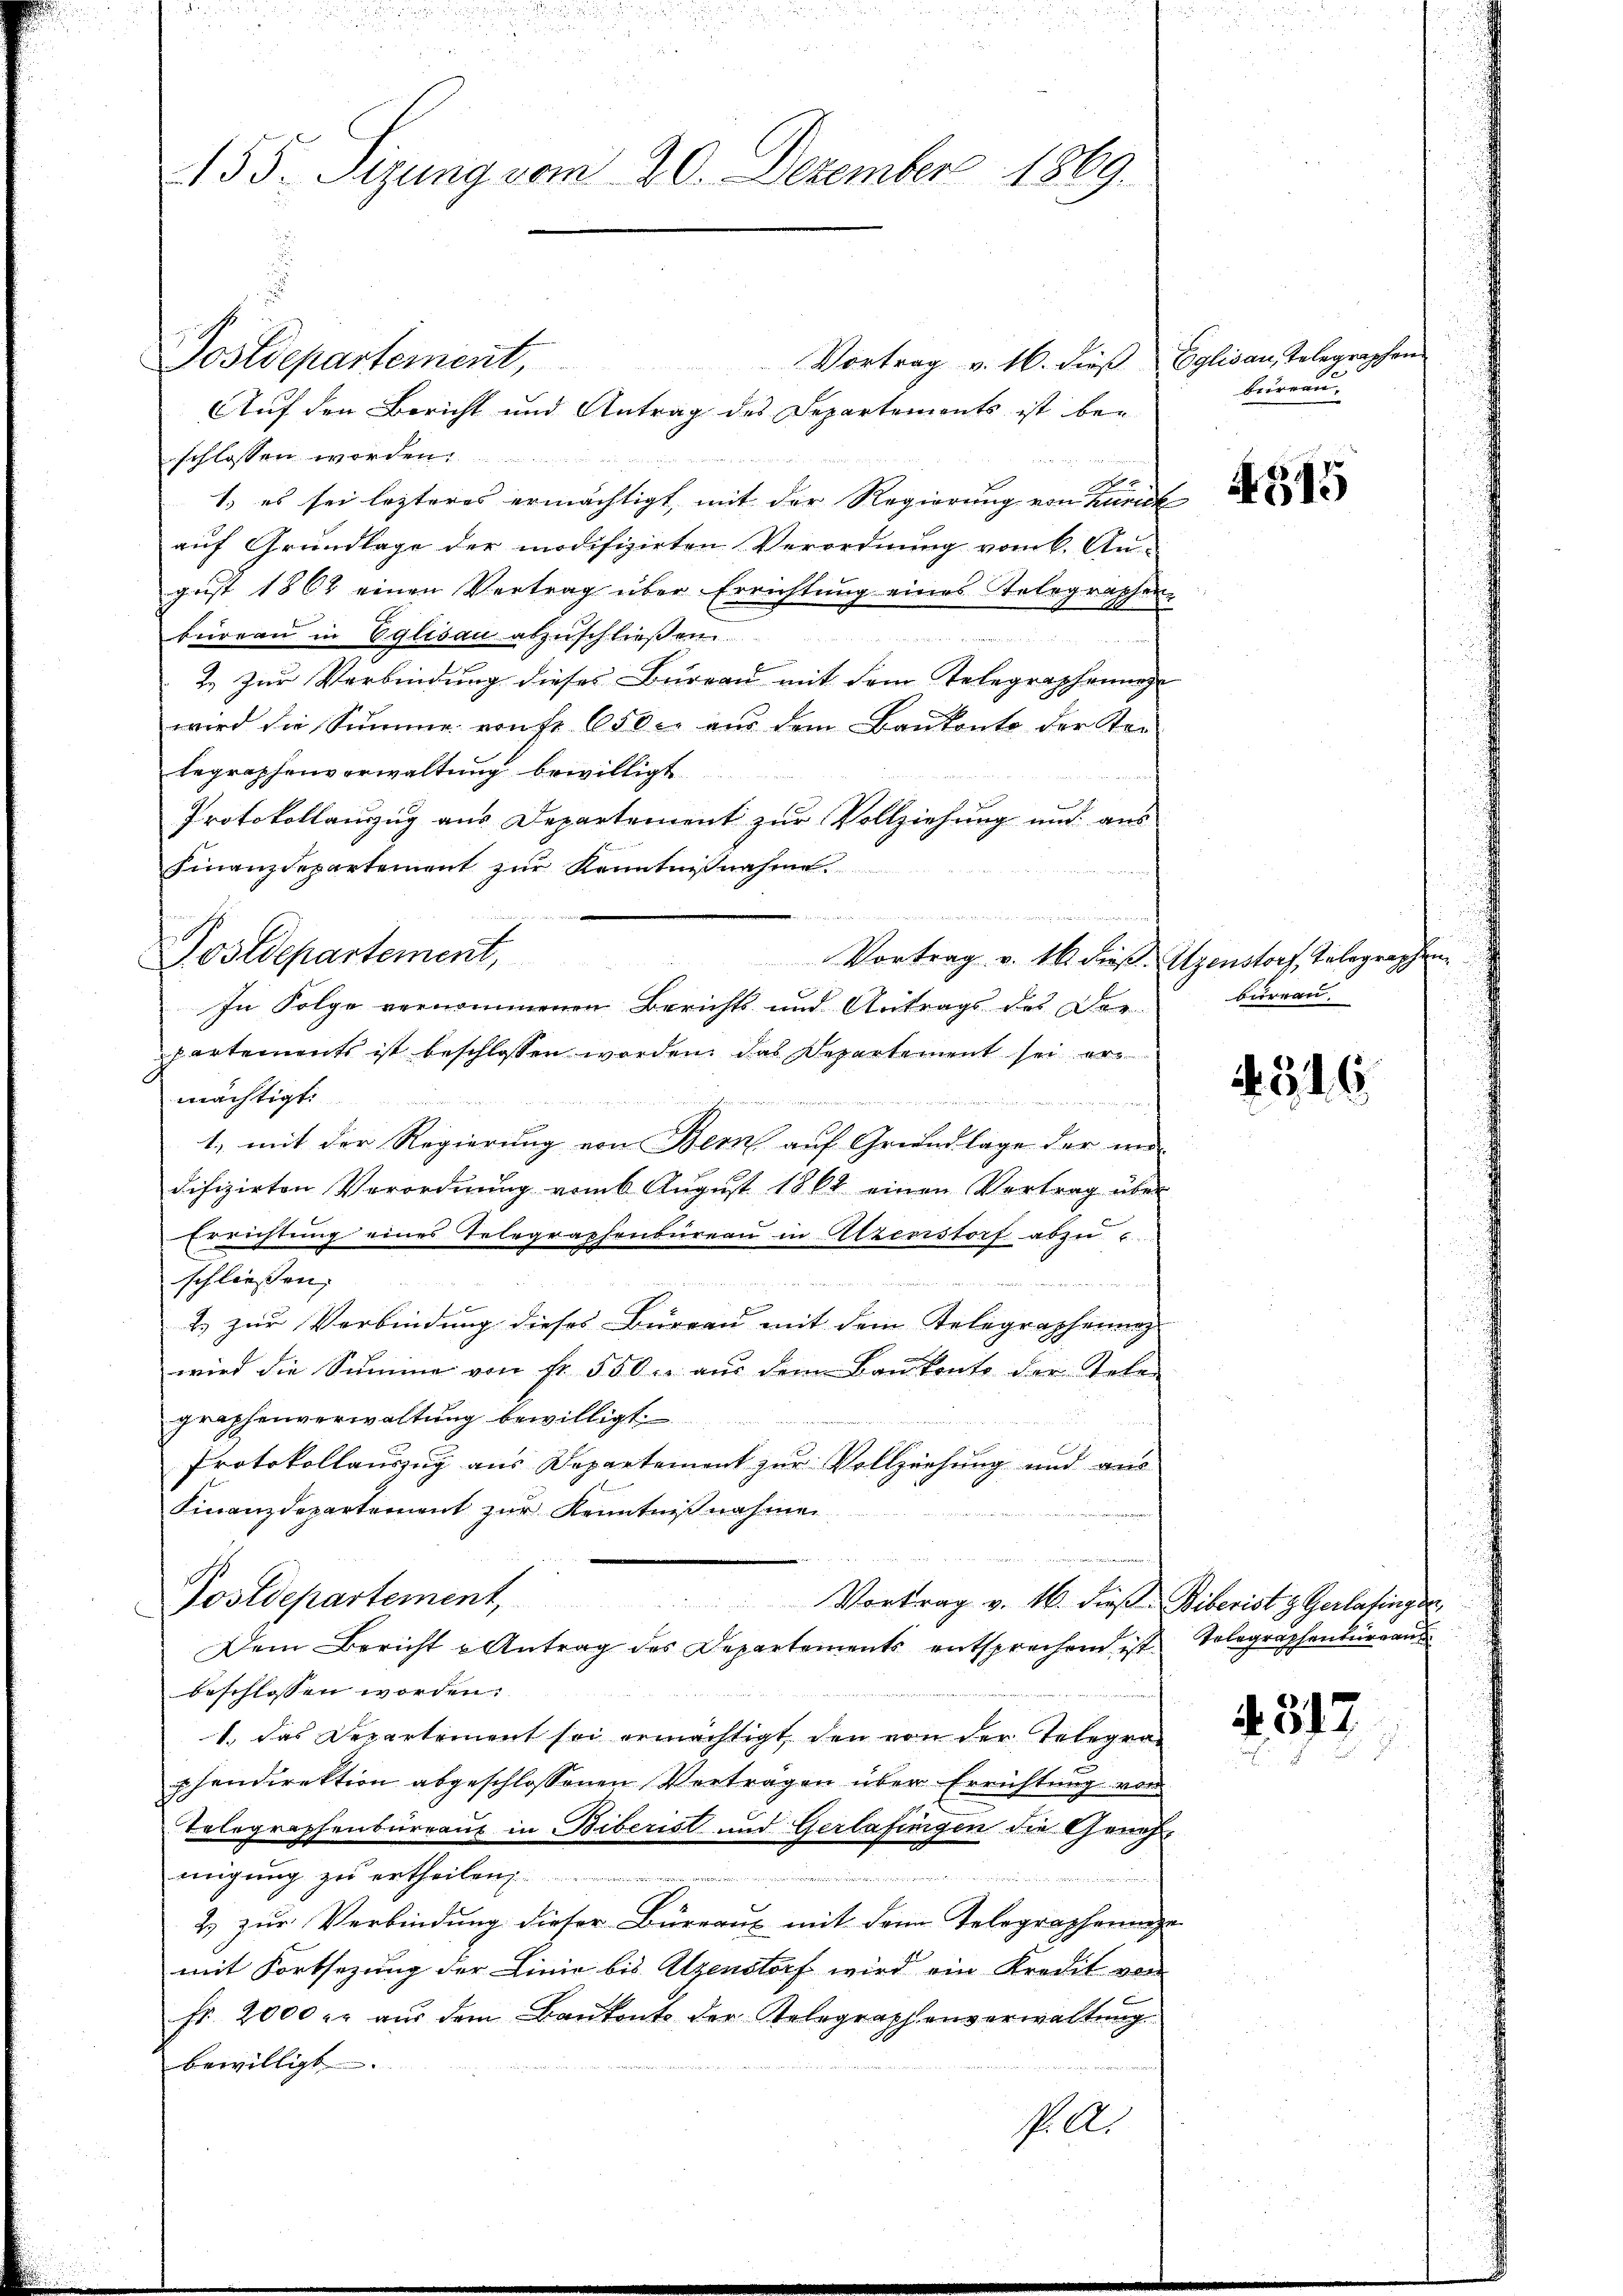
155. Segung vom 20. Dezember 1869.

Vortrag v. 16. dieß Eglisau, Telegraphen
Auf den Bericht und Antrag des Departements ist be-
schlossen worden.

1) es sei lezteres ermächtigt, mit der Regierung von Zürich
auf Grundlage der modifizirten Verordnung vom 6. An-
gust 1862 einen Vertrag über Errichtung eines Telegraphen-
büreau in Eglisau abzuschließen
2. Zur Verbindung dieses Bureau mit dem Telegraphenne
wird die Summe von fr. 650. aŭs dem Bankonto der Stei
begraphenverwaltung bewilligt
Protokollauszug aus Departement zur Vollziehung und aus
Finanzdepartement zŭr Kenntniβnahme.
Postdepartement,
partements ist beschlossen worden, das Departement sei ermächtigt.

1, mit der Regierung von Bern auf Grundlage der un
difizirten Verordnung vom 6 August 1862 einen Vertrag über
Errichtung eines Telegraphenbüreau in Utzenstorf abzuc
schließen;
1
1 zur Verbindung dieses Büreau mit dem Telegraphenna
wird die Summe von fr. 550. aŭs dem Baŭkonte der Telen
graphenverwaltung bewilligt.
Protokollauszug aus Departement zur Vollziehung und aus
Finanzdepartement zŭr Kenntniβnahmen

Postdepartement, Vortrag v. 16. dieβ. Biberist z. Gerlafinger,
Dem Bericht u Antrag des Departements entsprechen ist Telegraphenbüreaus
beschlossen worden.
1. das Departement sei ermächtigt, den von der Telegraphendirektion abgeschlossenen Vertragen über Errichtung von
Telegraphenbureaus in Biberist und Gerlafingen die Genehmigung zu ertheilen
n
2. zur Verbindung dieser Büreaux mit dem Telegrapheninge
mit Fortsezung der Linie bis Uzenstorf wird ein Kredit vor
fr. 2000 r. aŭs dem Baŭkonte der Relegraphenverwaltŭng
bewilligt.
sells

Postdepartement,

In Folge vernommenen Berichts und Antrags des Dor-

Vortrag v. 16. dieß. Atzenstorf, Telegraphen

Bureau.

N 15

bureau.

1346

4,317